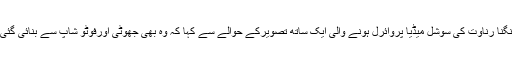
دوسری جانب سوزین خان نے ہریتھک روشن اوراداکارہ کنگنا رناوت کی سوشل میڈیا پروائرل ہونے والی ایک ساتھ تصویرکے حوالے سے کہا کہ وہ بھی جھوٹی اورفوٹو شاپ سے بنائی گئی ہے اوراس معاملے میں وہ اپنے سابق شوہر کے ساتھ ہیں۔